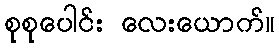
စုစုပေါင်း လေးယောက်။